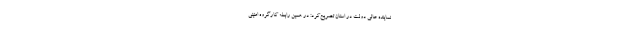
نماینده عالی دولت در استان تصریح‌کرد: در همین رابطه کارگروه امنیتی